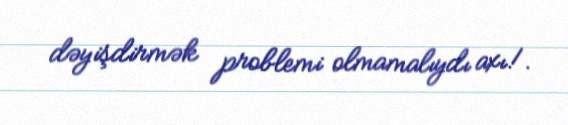
dəyişdirmək problemi olmamalıydı axı!.